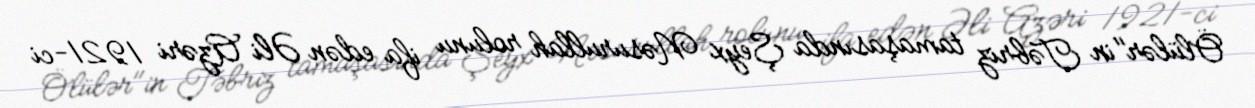
Ölülər"in Təbriz tamaşasında Şeyx Nəsurullah rolunu ifa edən Əli Azəri 1921-ci